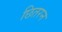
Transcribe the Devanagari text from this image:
छितरन